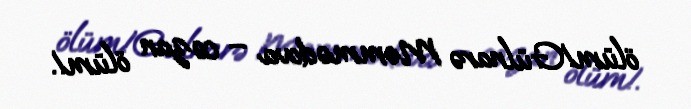
ölüm!Gülnarə Məmmədova – cəzan ölüm!.